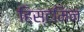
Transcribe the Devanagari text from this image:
हिस्टमिन